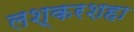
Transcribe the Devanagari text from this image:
लश्करशहा